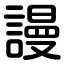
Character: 謾